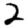
Digit: 2